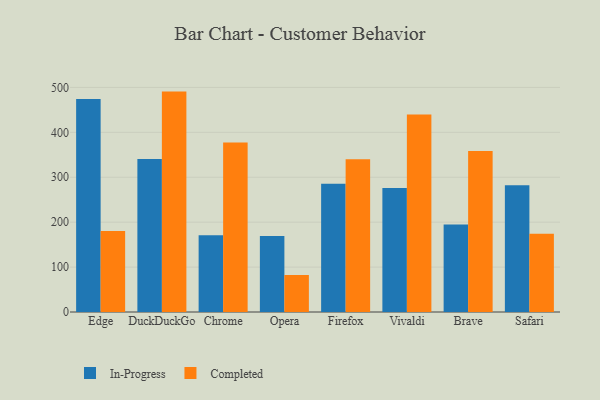
{"axis": {"x": "Browser", "y": "Shipments"}, "legend": ["Completed", "In-Progress"], "data": [{"x": "Edge", "y": 474.4, "type": "In-Progress"}, {"x": "Edge", "y": 180.5, "type": "Completed"}, {"x": "DuckDuckGo", "y": 340.7, "type": "In-Progress"}, {"x": "DuckDuckGo", "y": 490.7, "type": "Completed"}, {"x": "Chrome", "y": 170.6, "type": "In-Progress"}, {"x": "Chrome", "y": 377.2, "type": "Completed"}, {"x": "Opera", "y": 169.0, "type": "In-Progress"}, {"x": "Opera", "y": 82.5, "type": "Completed"}, {"x": "Firefox", "y": 285.5, "type": "In-Progress"}, {"x": "Firefox", "y": 340.3, "type": "Completed"}, {"x": "Vivaldi", "y": 276.3, "type": "In-Progress"}, {"x": "Vivaldi", "y": 439.9, "type": "Completed"}, {"x": "Brave", "y": 194.9, "type": "In-Progress"}, {"x": "Brave", "y": 358.4, "type": "Completed"}, {"x": "Safari", "y": 282.1, "type": "In-Progress"}, {"x": "Safari", "y": 174.2, "type": "Completed"}]}